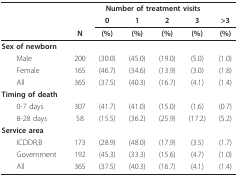
<table><thead><tr><td></td><td colspan="6"><b>Number of treatment visits</b></td></tr><tr><td></td><td></td><td><b>0</b></td><td><b>1</b></td><td><b>2</b></td><td><b>3</b></td><td><b>&gt;3</b></td></tr><tr><td></td><td><b>N</b></td><td><b>(%)</b></td><td><b>(%)</b></td><td><b>(%)</b></td><td><b>(%)</b></td><td><b>(%)</b></td></tr></thead><tbody><tr><td><b>Sex of newborn</b></td><td></td><td></td><td></td><td></td><td></td><td></td></tr><tr><td> Male</td><td>200</td><td>(30.0)</td><td>(45.0)</td><td>(19.0)</td><td>(5.0)</td><td>(1.0)</td></tr><tr><td> Female</td><td>165</td><td>(46.7)</td><td>(34.6)</td><td>(13.9)</td><td>(3.0)</td><td>(1.8)</td></tr><tr><td> All</td><td>365</td><td>(37.5)</td><td>(40.3)</td><td>(16.7)</td><td>(4.1)</td><td>(1.4)</td></tr><tr><td><b>Timing of death</b></td><td></td><td></td><td></td><td></td><td></td><td></td></tr><tr><td> 0-7 days</td><td>307</td><td>(41.7)</td><td>(41.0)</td><td>(15.0)</td><td>(1.6)</td><td>(0.7)</td></tr><tr><td> 8-28 days</td><td>58</td><td>(15.5)</td><td>(36.2)</td><td>(25.9)</td><td>(17.2)</td><td>(5.2)</td></tr><tr><td><b>Service area</b></td><td></td><td></td><td></td><td></td><td></td><td></td></tr><tr><td> ICDDR,B</td><td>173</td><td>(28.9)</td><td>(48.0)</td><td>(17.9)</td><td>(3.5)</td><td>(1.7)</td></tr><tr><td> Government</td><td>192</td><td>(45.3)</td><td>(33.3)</td><td>(15.6)</td><td>(4.7)</td><td>(1.0)</td></tr><tr><td> All</td><td>365</td><td>(37.5)</td><td>(40.3)</td><td>(16.7)</td><td>(4.1)</td><td>(1.4)</td></tr></tbody></table>